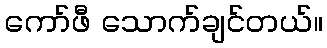
ကော်ဖီ သောက်ချင်တယ်။